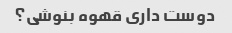
دوست داری قهوه بنوشی؟